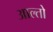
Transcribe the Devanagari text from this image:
आल्तो